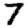
Digit: 7